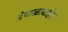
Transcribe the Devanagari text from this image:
नेपाळाबाहेर